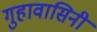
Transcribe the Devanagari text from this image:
गुहावासिनी